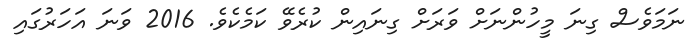
ނަމަވެސް ގިނަ މީހުންނަށް ވަރަށް ގިނައިން ކުރެވޭ ކަމެކެވެ. 2016 ވަނަ އަހަރުގައި